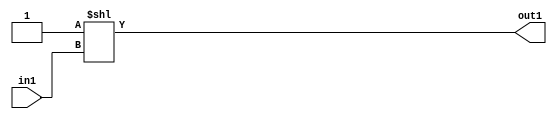
`timescale 1ps / 1ps
/*****************************************************************************
    Verilog RTL Description
    
    
    Created by: Stratus DpOpt 2019.1.01 
*******************************************************************************/

module feature_write_addr_gen_DECODE_2U_29_4 (
	in1,
	out1
	); /* architecture "behavioural" */ 
input  in1;
output [1:0] out1;
wire [1:0] asc001;

assign asc001 = 2'B01 << in1;

assign out1 = asc001;
endmodule

/* CADENCE  urnySwA= : u9/ySgnWtBlWxVPRXgAZ4Og= ** DO NOT EDIT THIS LINE ******/